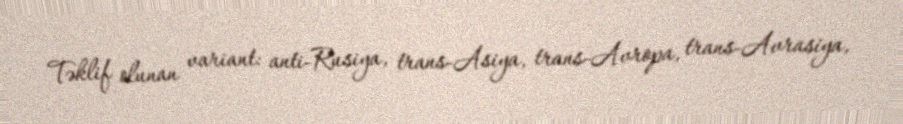
Təklif olunan variant: anti-Rusiya, trans-Asiya, trans-Avropa, trans-Avrasiya,